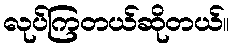
လုပ်ကြတယ်ဆိုတယ်။